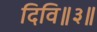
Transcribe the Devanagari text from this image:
दिवि॥३॥